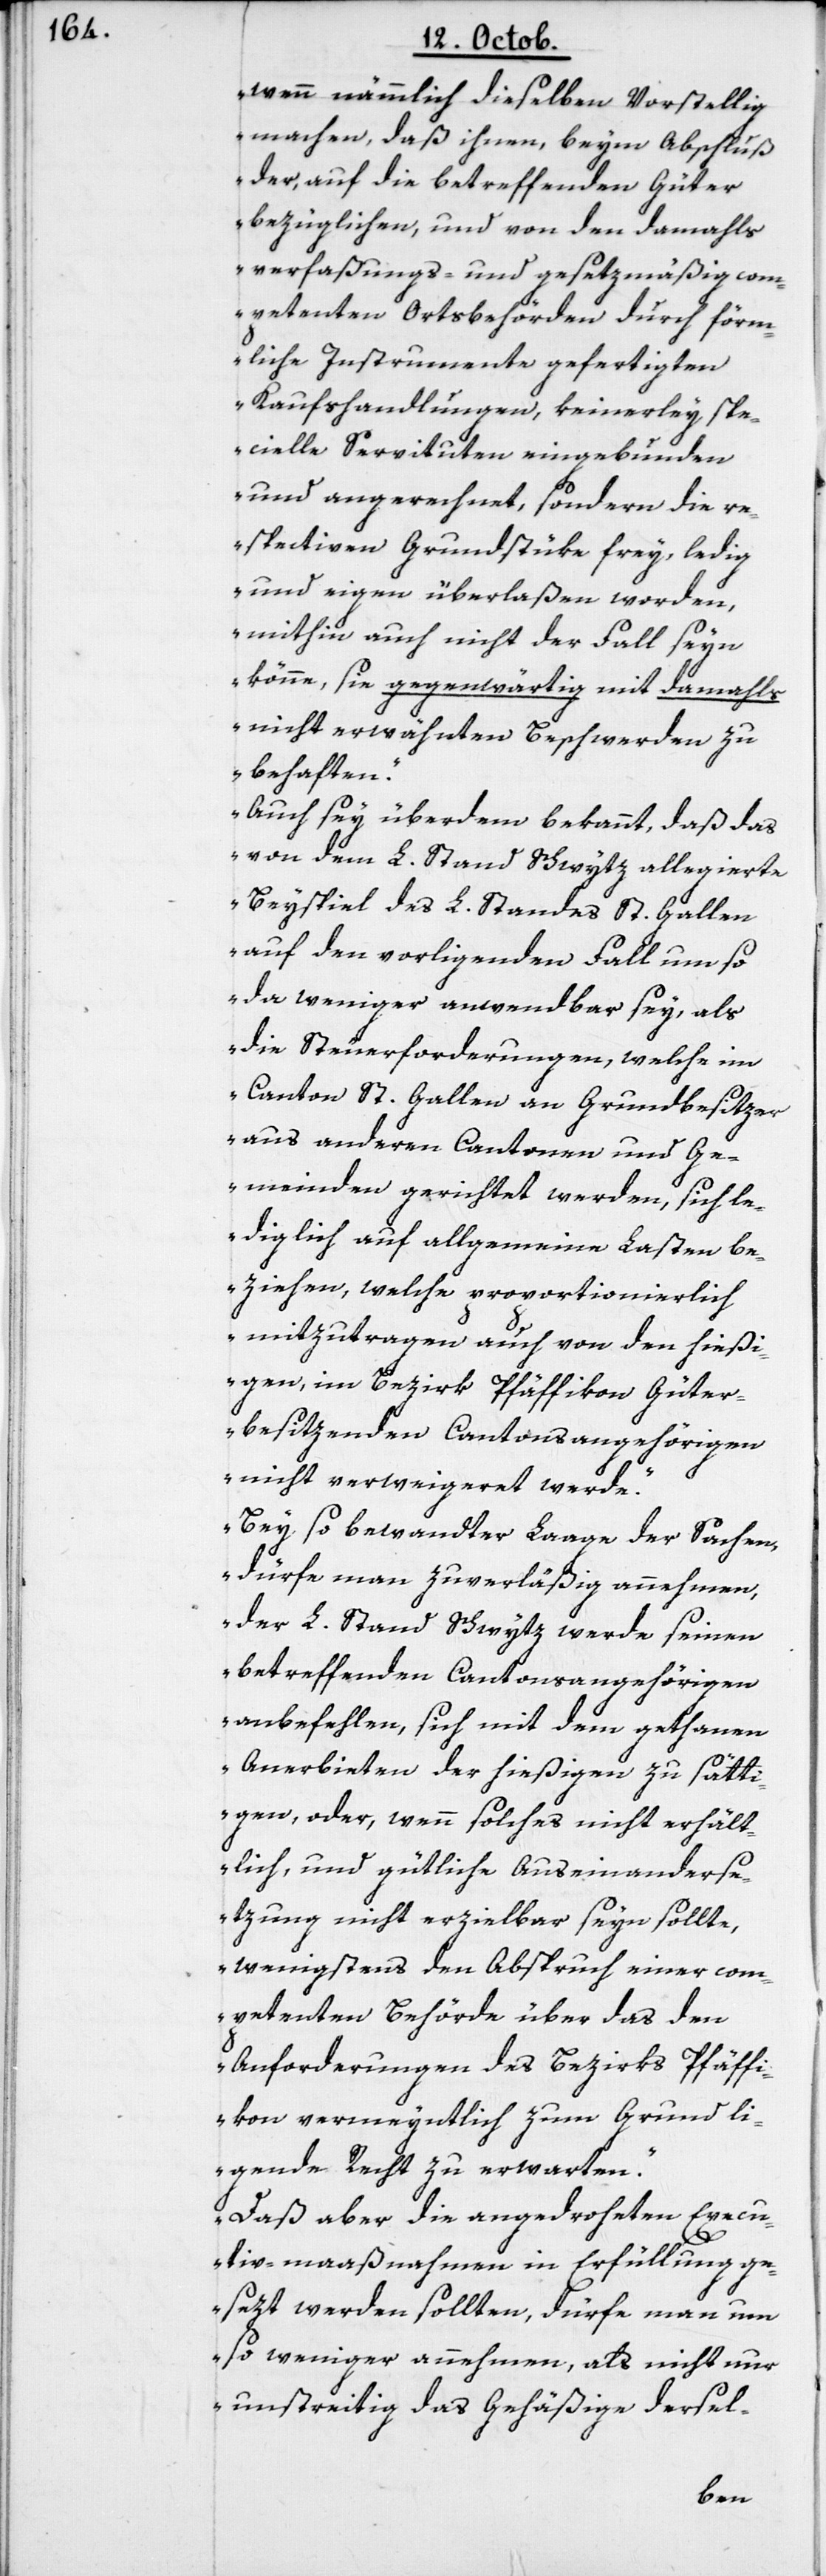
wenn nämmlich dieselben Vorstellig
machen, daß ihnen beym Abschluß
der, auf die betreffenden Güter
bezüglichen, und von den damahls
verfaßungs- und gesetzmäßig com¬
petenten Ortsbehörden durch förm¬
liche Instrumente gefertigten
Kaufshandlungen, keinerley spe¬
cielle Servituten eingebunden
und angerechnet, sondern die re¬
spectiven Grundstüke frey, ledig
und eigen überlaßen worden,
mithin auch nicht der Fall seyn
könne, sie gegenwärtig mit damahls
nicht erwähnten Beschwerden zu
behaften.
Auch sey überdem bekannt, daß das
von dem L. Stand Schwytz allegierte
Beyspiel des L. Standes St. Gallen
auf den vorliegenden Fall umso
da weniger anwendbar sey, als
die Steuerforderungen, welche im
Canton St. Gallen an Grundbesitzer
aus anderen Cantonen und Ge¬
meinden gerichtet werden, sich le¬
diglich auf allgemeine Lasten be¬
ziehen, welche proportionierlich
mitzutragen auch von den hießi¬
gen im Bezirk Pfäffikon Güter¬
besitzenden Cantonsangehörigen
nicht verweigeret werde.
Bey so bewandter Laage der Sachen,
dürfe man zuverläßig annehmen,
der L. Stand Schwytz werde seinen
betreffenden Cantonsangehörigen
anbefehlen, sich mit dem gethanen
Anerbieten der hießigen zu sätt¬
igen, oder wenn solches nicht erhält¬
lich, und gütliche Auseinanderse¬
tzung nicht erzielbar seyn sollte,
wenigstens den Abspruch einer com¬
petenten Behörde über das den
Anforderungen des Bezirks Pfäffi¬
kon vermeyntlich zum Grund li¬
gende Recht zu erwarten.
Daß aber die angedroheten Execu¬
tiv-maaßnahmen in Erfüllung g¬
esetzt werden sollten, dürfe man um¬
so weniger annehmen, als nicht nur
unstreitig das Gehäßige dersel-